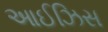
આઈઝિસ